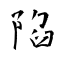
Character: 陷